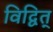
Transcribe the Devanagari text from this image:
विद्वित्